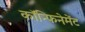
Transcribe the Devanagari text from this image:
कॉन्फिनेमेंट